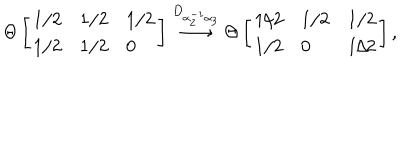
\Theta \left[ \begin{array} { l l l } { { 1 / 2 } } & { { 1 / 2 } } & { { 1 / 2 } } \\ { { 1 / 2 } } & { { 1 / 2 } } & { { 0 } } \\ \end{array} \right] \stackrel { D _ { \alpha _ { 2 } ^ { - 1 } \alpha _ { 3 } } } { \longrightarrow } \Theta \left[ \begin{array} { l l l } { { 1 / 2 } } & { { 1 / 2 } } & { { 1 / 2 } } \\ { { 1 / 2 } } & { { 0 } } & { { 1 / 2 } } \\ \end{array} \right] ,